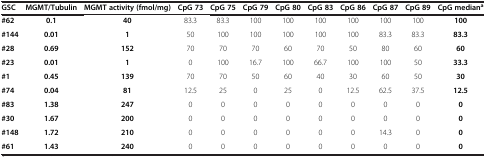
| GSC | MGMT/Tubulin | MGMT activity (fmol/mg) | CpG 73 | CpG 75 | CpG 79 | CpG 80 | CpG 83 | CpG 86 | CpG 87 | CpG 89 | CpG mediana |
 | --- | --- | --- | --- | --- | --- | --- | --- | --- | --- | --- | --- |
 | #62 | 0.1 | 40 | 83.3 | 83.3 | 100 | 100 | 100 | 100 | 100 | 100 | 100 |
 | #144 | 0.01 | 1 | 50 | 100 | 100 | 100 | 100 | 100 | 83.3 | 83.3 | 83.3 |
 | #28 | 0.69 | 152 | 70 | 70 | 70 | 60 | 70 | 50 | 80 | 60 | 60 |
 | #23 | 0.01 | 1 | 0 | 100 | 16.7 | 100 | 66.7 | 100 | 100 | 50 | 33.3 |
 | #1 | 0.45 | 139 | 70 | 70 | 50 | 60 | 40 | 30 | 60 | 50 | 30 |
 | #74 | 0.04 | 81 | 12.5 | 25 | 0 | 25 | 0 | 12.5 | 62.5 | 37.5 | 12.5 |
 | #83 | 1.38 | 247 | 0 | 0 | 0 | 0 | 0 | 0 | 0 | 0 | 0 |
 | #30 | 1.67 | 200 | 0 | 0 | 0 | 0 | 0 | 0 | 0 | 0 | 0 |
 | #148 | 1.72 | 210 | 0 | 0 | 0 | 0 | 0 | 0 | 14.3 | 0 | 0 |
 | #61 | 1.43 | 240 | 0 | 0 | 0 | 0 | 0 | 0 | 0 | 0 | 0 |